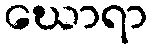
ဃောရာ